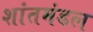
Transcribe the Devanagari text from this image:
शांतमंडल